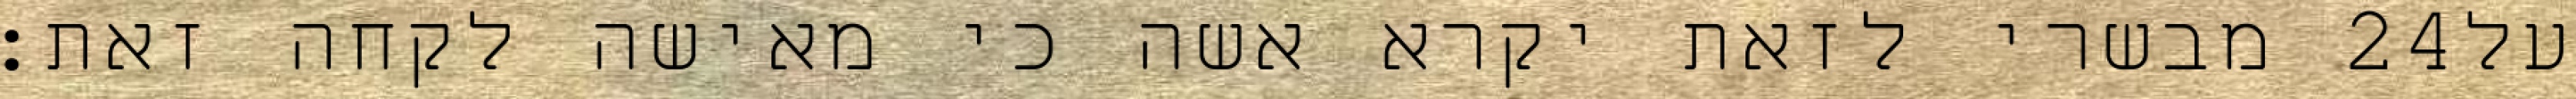
מבשרי לזאת יקרא אשה כי מאישה לקחה זאת׃ ‎24‏ על